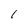
Character: 1